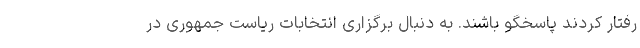
رفتار کردند پاسخگو باشند. به دنبال برگزاری انتخابات ریاست جمهوری در